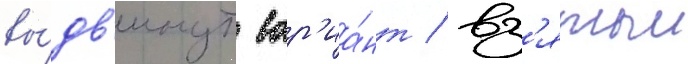
вы́дв'инут вар'иа́нт / вз'ятыи